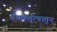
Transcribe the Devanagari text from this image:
ग्रंथकर्तृत्वातून